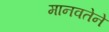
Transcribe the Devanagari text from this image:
मानवतेने